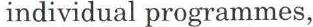
individual programmes,